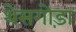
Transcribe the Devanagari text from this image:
थेसगोड़ा